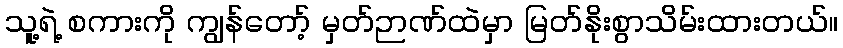
သူ့ရဲ့ စကားကို ကျွန်တော့် မှတ်ဉာဏ်ထဲမှာ မြတ်နိုးစွာသိမ်းထားတယ်။